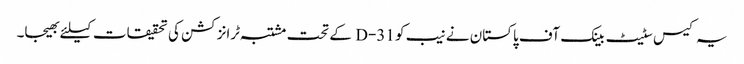
یہ کیس سٹیٹ بینک آف پاکستان نے نیب کو 31-D کے تحت مشتبہ ٹرانزکشن کی تحقیقات کیلئے بھیجا۔